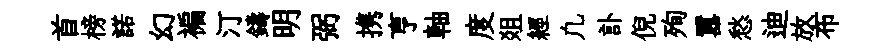
首榜諾幻褊汀鑄明弼携亨軸度爼經凢訃倪殉囂愁迪放布